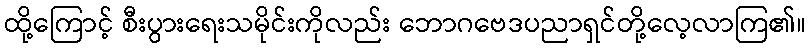
ထို့ကြောင့် စီးပွားရေးသမိုင်းကိုလည်း ဘောဂဗေဒပညာရှင်တို့လေ့လာကြ၏။